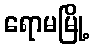
ရောမမြို့